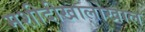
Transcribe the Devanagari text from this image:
मशीदीखालोखाल